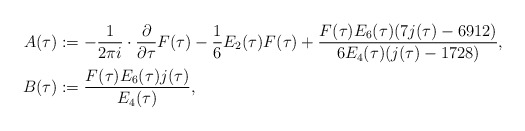
\begin{align*} A(\tau)&:=-\frac{1}{2\pi i}\cdot\frac{\partial}{\partial\tau} F(\tau)-\frac 16 E_2(\tau)F(\tau)+\frac{F(\tau)E_6(\tau)(7j(\tau)-6912)}{6E_4(\tau)(j(\tau)-1728)},\\ B(\tau)&:=\frac{F(\tau)E_6(\tau)j(\tau)}{E_4(\tau)},\end{align*}